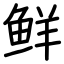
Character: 鲜